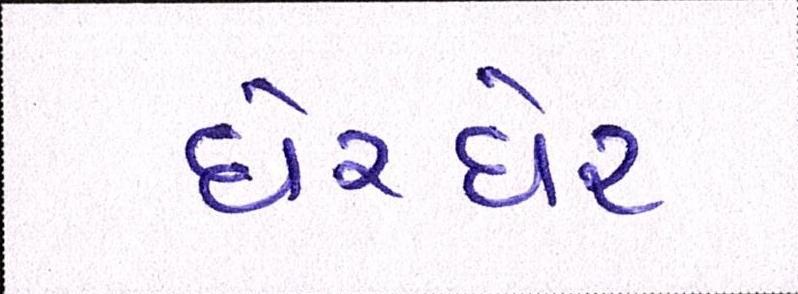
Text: ઘેરઘેર